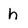
Character: h